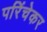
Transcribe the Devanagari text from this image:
परिंचेकर